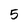
Character: 5